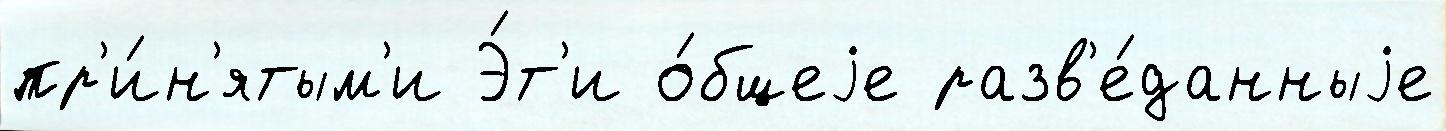
пр'и́н'ятым'и Э́т'и о́бщеjе разв'е́данныjе